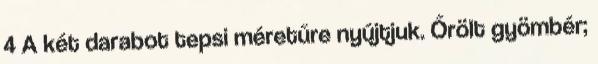
4 A két darabot tepsi méretűre nyújtjuk. Őrölt gyömbér;